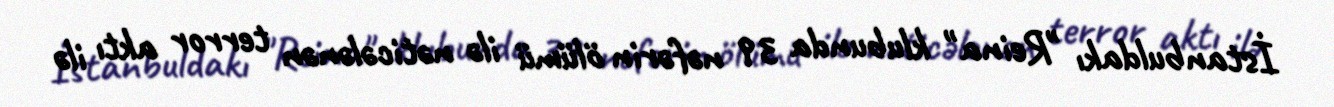
İstanbuldakı "Reina" klubunda 39 nəfərin ölümü ilə nəticələnən terror aktı ilə